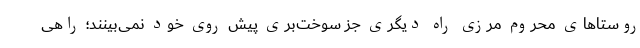
روستاهای محروم مرزی راه دیگری جز سوخت‌بری پیش روی خود نمی‌بینند؛ راهی